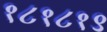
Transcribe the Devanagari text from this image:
१८१८१९